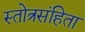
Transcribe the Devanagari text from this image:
स्तोत्रसंहिता